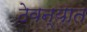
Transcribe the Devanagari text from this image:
ठेवन्यात